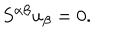
LaTeX: S ^ { \alpha \beta } u _ { \beta } = 0 .